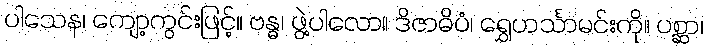
ပါသေန၊ ကျော့ကွင်းဖြင့်။ ဗန္ဓ၊ ဖွဲ့ပါလော။ ဒိဇာဓိပံ၊ ရွှေဟင်္သာမင်းကို။ ပစ္ဆာ၊